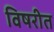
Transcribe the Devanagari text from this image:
विषरीत